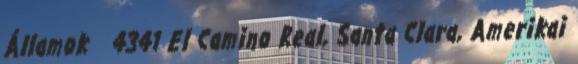
Államok 4341 El Camino Real, Santa Clara, Amerikai